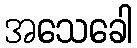
အသေခေါ